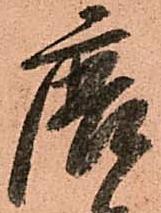
唐